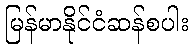
မြန်မာနိုင်ငံဆန်စပါး